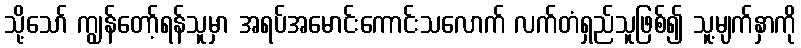
သို့သော် ကျွန်တော့်ရန်သူမှာ အရပ်အမောင်းကောင်းသလောက် လက်တံရှည်သူဖြစ်၍ သူ့မျက်နှာကို